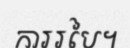
ការរបៃ។